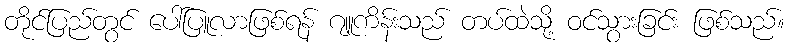
တိုင်ပြည်တွင် ပေါ်ပြူလာဖြစ်ရန် ဂျူကိန်းသည် တပ်ထဲသို့ ဝင်သွားခြင်း ဖြစ်သည်။